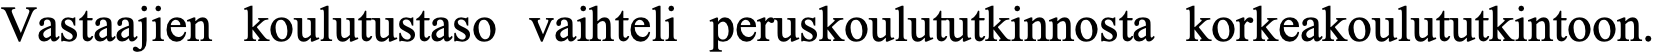
Vastaajien koulutustaso vaihteli peruskoulututkinnosta korkeakoulututkintoon.